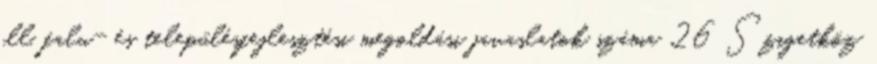
ill. falu- és településfejlesztési megoldási javaslatok száma 26 Szigetköz